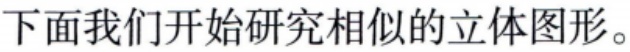
下面我们开始研究相似的立体图形。